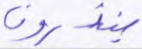
ينذرون